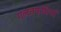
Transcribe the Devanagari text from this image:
गलतफमियां